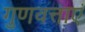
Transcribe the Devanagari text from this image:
गुणवत्ताएं